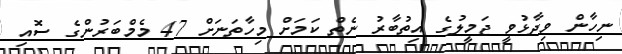
ނިހާން ވިދާޅުވީ ޖަމީލުގެ އިތުބާރު ނެތް ކަމަށް މިހާތަނަށް 47 މެމްބަރުންގެ ސޮއި